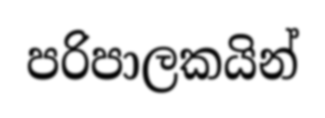
පරිපාලකයින්